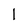
Character: l